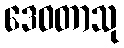
ဒေဝတာသု